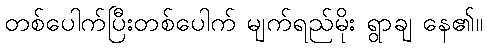
တစ်ပေါက်ပြီးတစ်ပေါက် မျက်ရည်မိုး ရွာချ နေ၏။